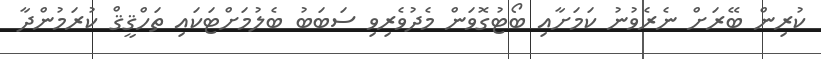
ކުރިން ބޭރަށް ނެރެވުނު ކަމަށާއި ބޯޓުގޮވަން މެދުވެރިވި ސަބަބު ބެލުމަށްޓަކައި ތަހްޤީޤް ކުރަމުންދާ